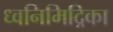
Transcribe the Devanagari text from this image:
ध्वनिमिद्रिका